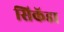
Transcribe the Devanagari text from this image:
सिकॅडा